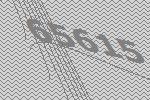
65615